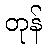
တုန်